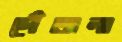
গেঁজলা